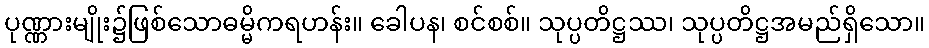
ပုဏ္ဏားမျိုး၌ဖြစ်သောဓမ္မိကရဟန်း။ ခေါပန၊ စင်စစ်။ သုပ္ပတိဋ္ဌဿ၊ သုပ္ပတိဋ္ဌအမည်ရှိသော။